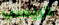
كريسب